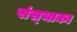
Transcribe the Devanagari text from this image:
संस्‍थाका